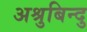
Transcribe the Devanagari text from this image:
अश्रुबिन्दु